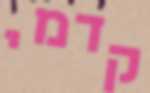
קדמי